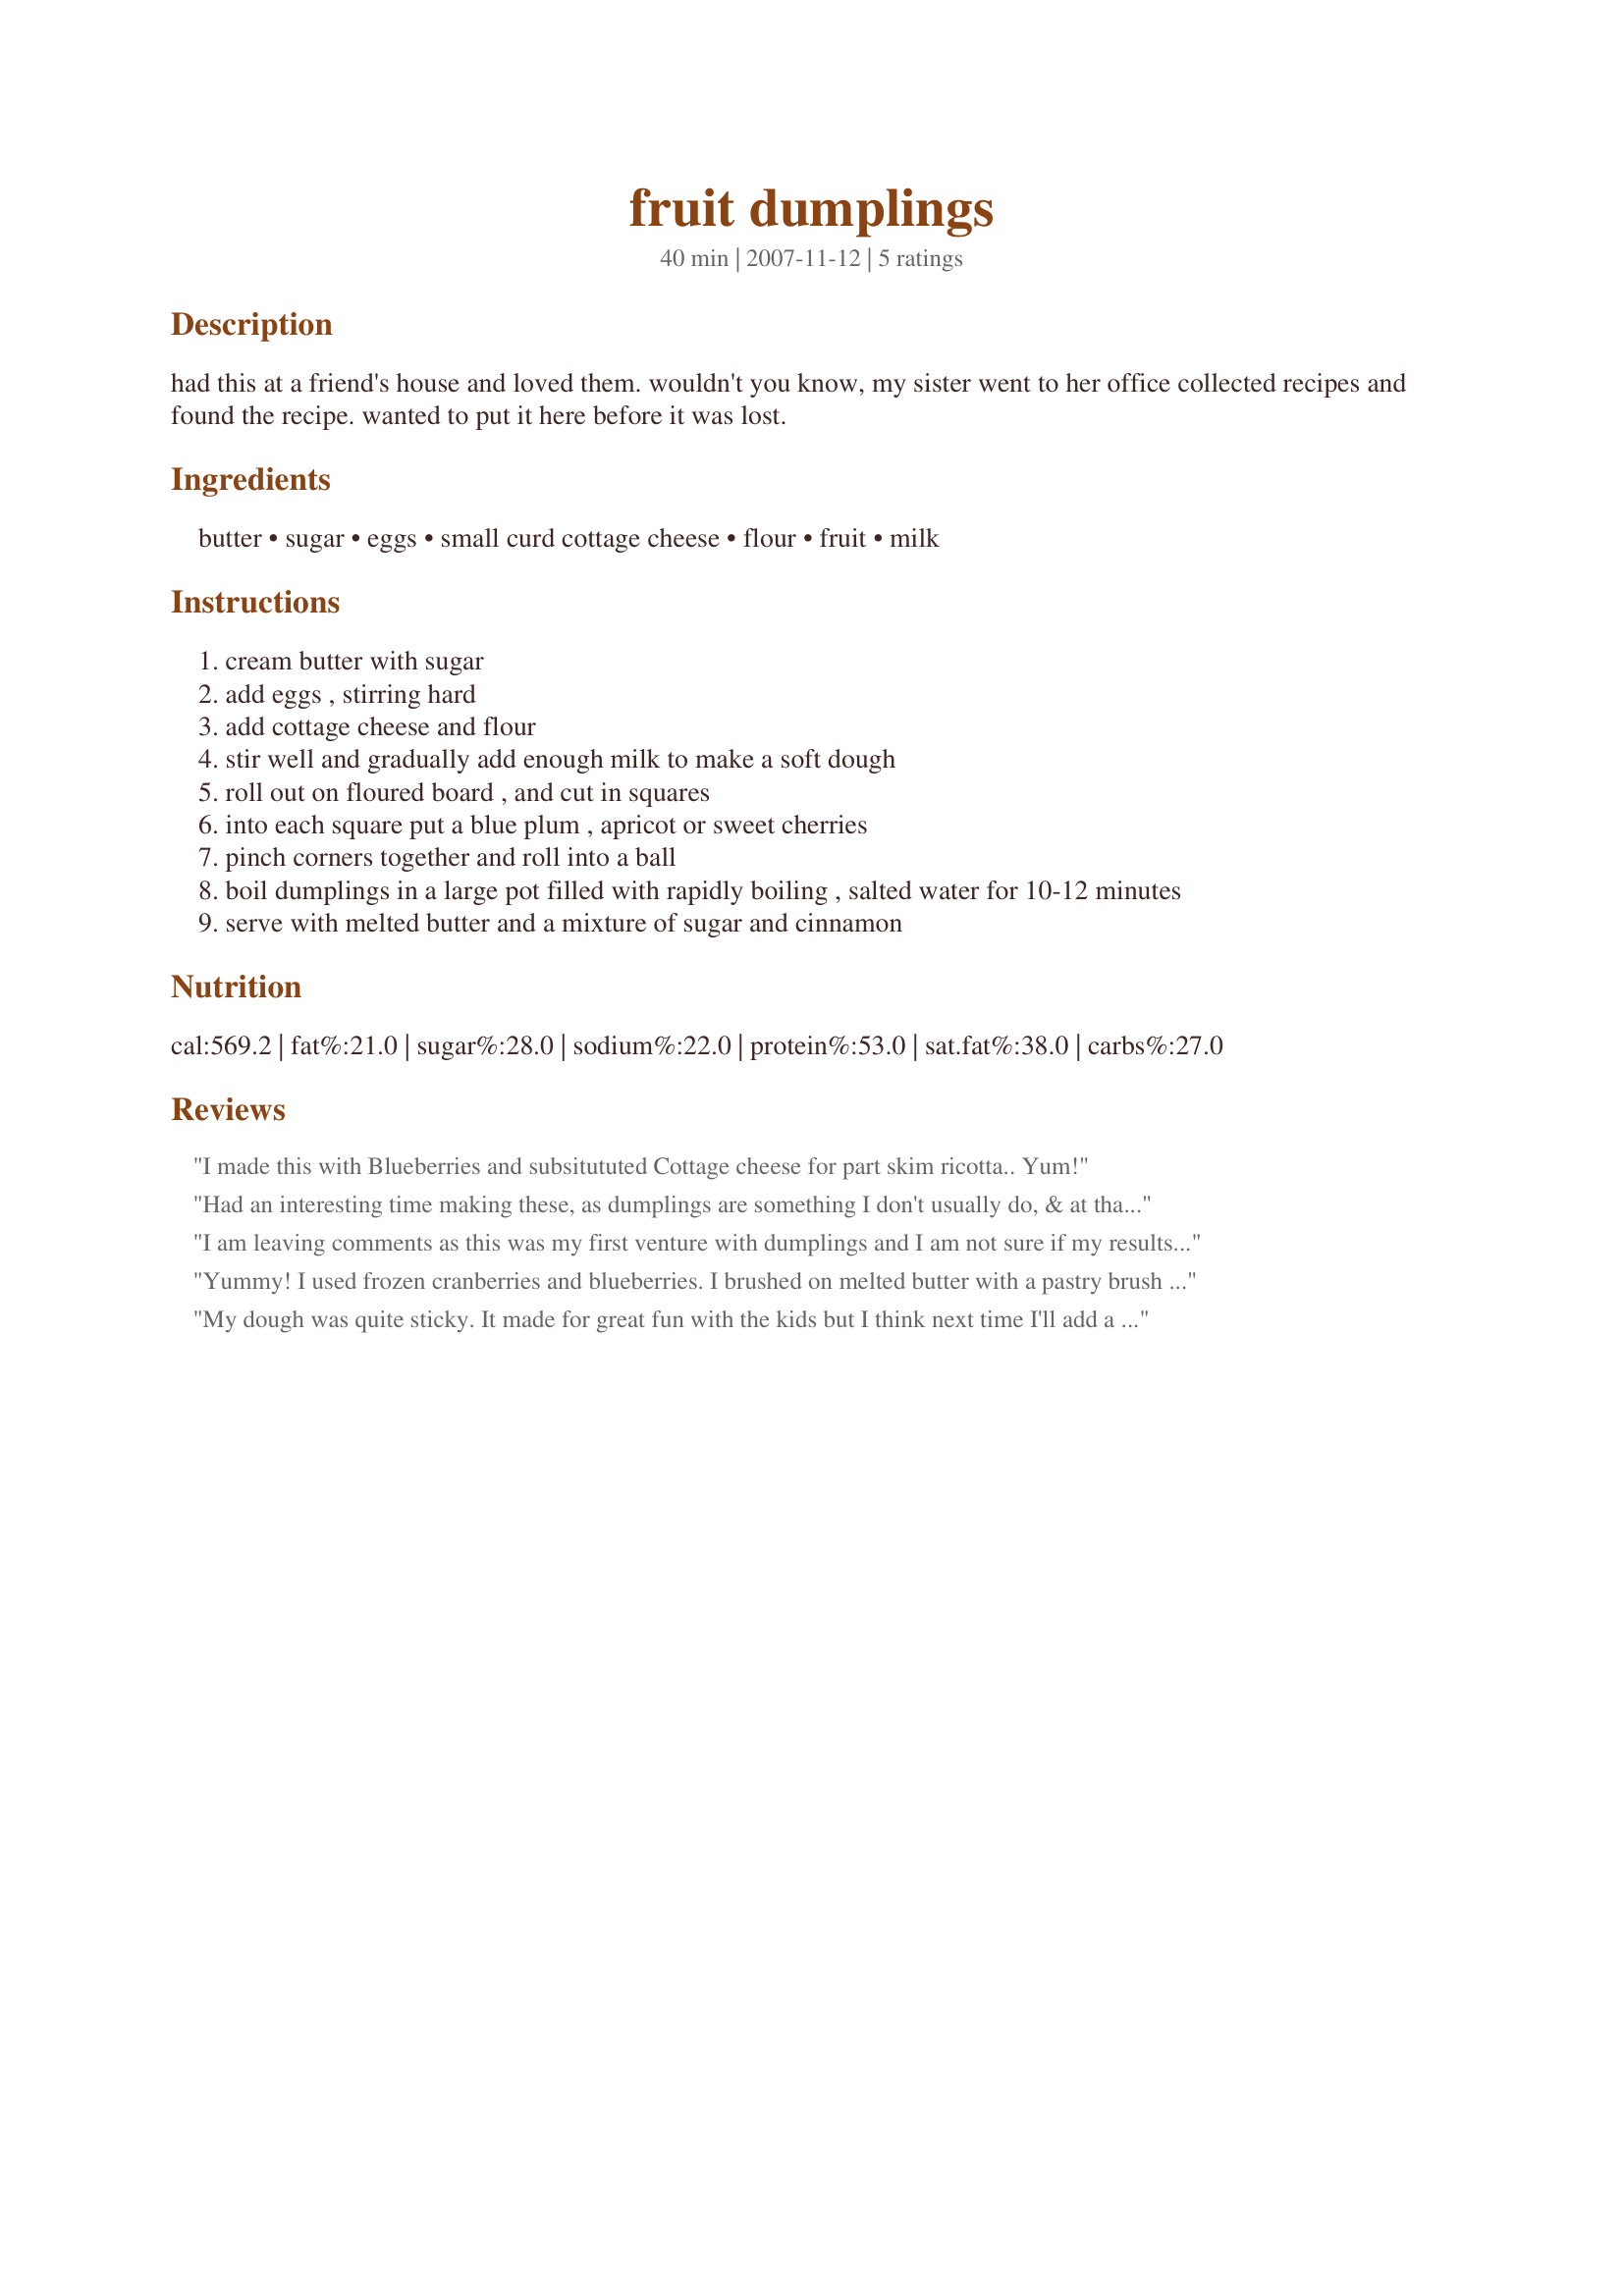
fruit dumplings
Preparation time: 40 minutes

had this at a friend's house and loved them. wouldn't you know, my sister went to her office collected recipes and found the recipe. wanted to put it here before it was lost.

Ingredients:
butter, sugar, eggs, small curd cottage cheese, flour, fruit, milk

Steps:
cream butter with sugar
add eggs , stirring hard
add cottage cheese and flour
stir well and gradually add enough milk to make a soft dough
roll out on floured board , and cut in squares
into each square put a blue plum , apricot or sweet cherries
pinch corners together and roll into a ball
boil dumplings in a large pot filled with rapidly boiling , salted water for 10-12 minutes
serve with melted butter and a mixture of sugar and cinnamon

Reviews:
I made this with Blueberries and subsitututed Cottage cheese for part skim ricotta.. Yum!
Had an interesting time making these, as dumplings are something I don't usually do, & at that I made a double batch! Used both fresh plums & apricots, making some of one & some of the other, then, with 4 of the dumplings, I used half a plum & half an apricot in each ~ Gotta admit that I liked them all, & this IS a keeper of a recipe! [Made & reviewed for the Zingo part of the Zaar World Tour 4]!
I am leaving comments as this was my first venture with dumplings and I am not sure if my results can be attributed to user error or the recipe. Hoping this will be helpful for other dumpling novices. I halved this recipe and made it with nonfat cottage cheese as that was all I had. The dough was quite soft and sticky without the addition of milk so I left that out. Rolled it out to about a 1/4 thick and placed apricots in half and blueberries in the other half of what I guess were smallish dumplings as there were 10 all together. Cooked as directed and served with a raspberry/strawberry coulis. (Not a butter and sugar person.) The dough was not at all tender as i imagined it would be instead being toothy and dense. Not sure if this was due to the nonfat cottage cheese or what they should have been like. For a dessert, I would have like the dough to be sweeter as well and I do not like overly sweet. My other realization was the smaller dumplings yielded a poor ratio of fruit to dough and larger dumplings would have been better. For example, my apricot dumplings had about 1/3 of a large apricot and at a minimum 1/2 would have been better. I'm glad I tried these as I have always been curious about the dish. Thanks!
Yummy! I used frozen cranberries and blueberries. I brushed on melted butter with a pastry brush and sprinkled with Spiced Sugar (look it up, it's on here.)
My dough was quite sticky. It made for great fun with the kids but I think next time I'll add a bit more flour. We used apricots and dried plums and the kids couldn't get enough. The butter and cinnamon sugar at the end makes this dish worthwhile. Reviewed for ZWT4
